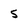
Character: s